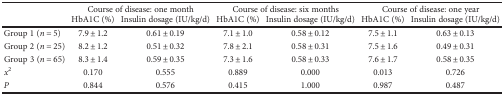
<table><thead><tr><td rowspan="2"></td><td colspan="2"><b>Course of disease: one month</b></td><td colspan="2"><b>Course of disease: six months</b></td><td colspan="2"><b>Course of disease: one year</b></td></tr><tr><td><b>HbA1C (%)</b></td><td><b>Insulin dosage (IU/kg/d)</b></td><td><b>HbA1C (%)</b></td><td><b>Insulin dosage (IU/kg/d)</b></td><td><b>HbA1C (%)</b></td><td><b>Insulin dosage (IU/kg/d)</b></td></tr></thead><tbody><tr><td>Group 1 (<i>n</i> = 5)</td><td>7.9 ± 1.2</td><td>0.61 ± 0.19</td><td>7.1 ± 1.0</td><td>0.58 ± 0.12</td><td>7.5 ± 1.1</td><td>0.63 ± 0.13</td></tr><tr><td>Group 2 (<i>n</i> = 25)</td><td>8.2 ± 1.2</td><td>0.51 ± 0.32</td><td>7.8 ± 2.1</td><td>0.58 ± 0.31</td><td>7.5 ± 1.6</td><td>0.49 ± 0.31</td></tr><tr><td>Group 3 (<i>n</i> = 65)</td><td>8.3 ± 1.4</td><td>0.59 ± 0.35</td><td>7.3 ± 1.6</td><td>0.58 ± 0.33</td><td>7.6 ± 1.7</td><td>0.58 ± 0.35</td></tr><tr><td><i>x</i><sup>2</sup></td><td>0.170</td><td>0.555</td><td>0.889</td><td>0.000</td><td>0.013</td><td>0.726</td></tr><tr><td><i>P</i></td><td>0.844</td><td>0.576</td><td>0.415</td><td>1.000</td><td>0.987</td><td>0.487</td></tr></tbody></table>